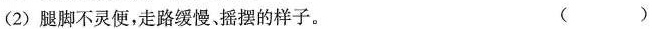
(2)腿脚不灵便，走路缓慢、摇摆的样子。 ()